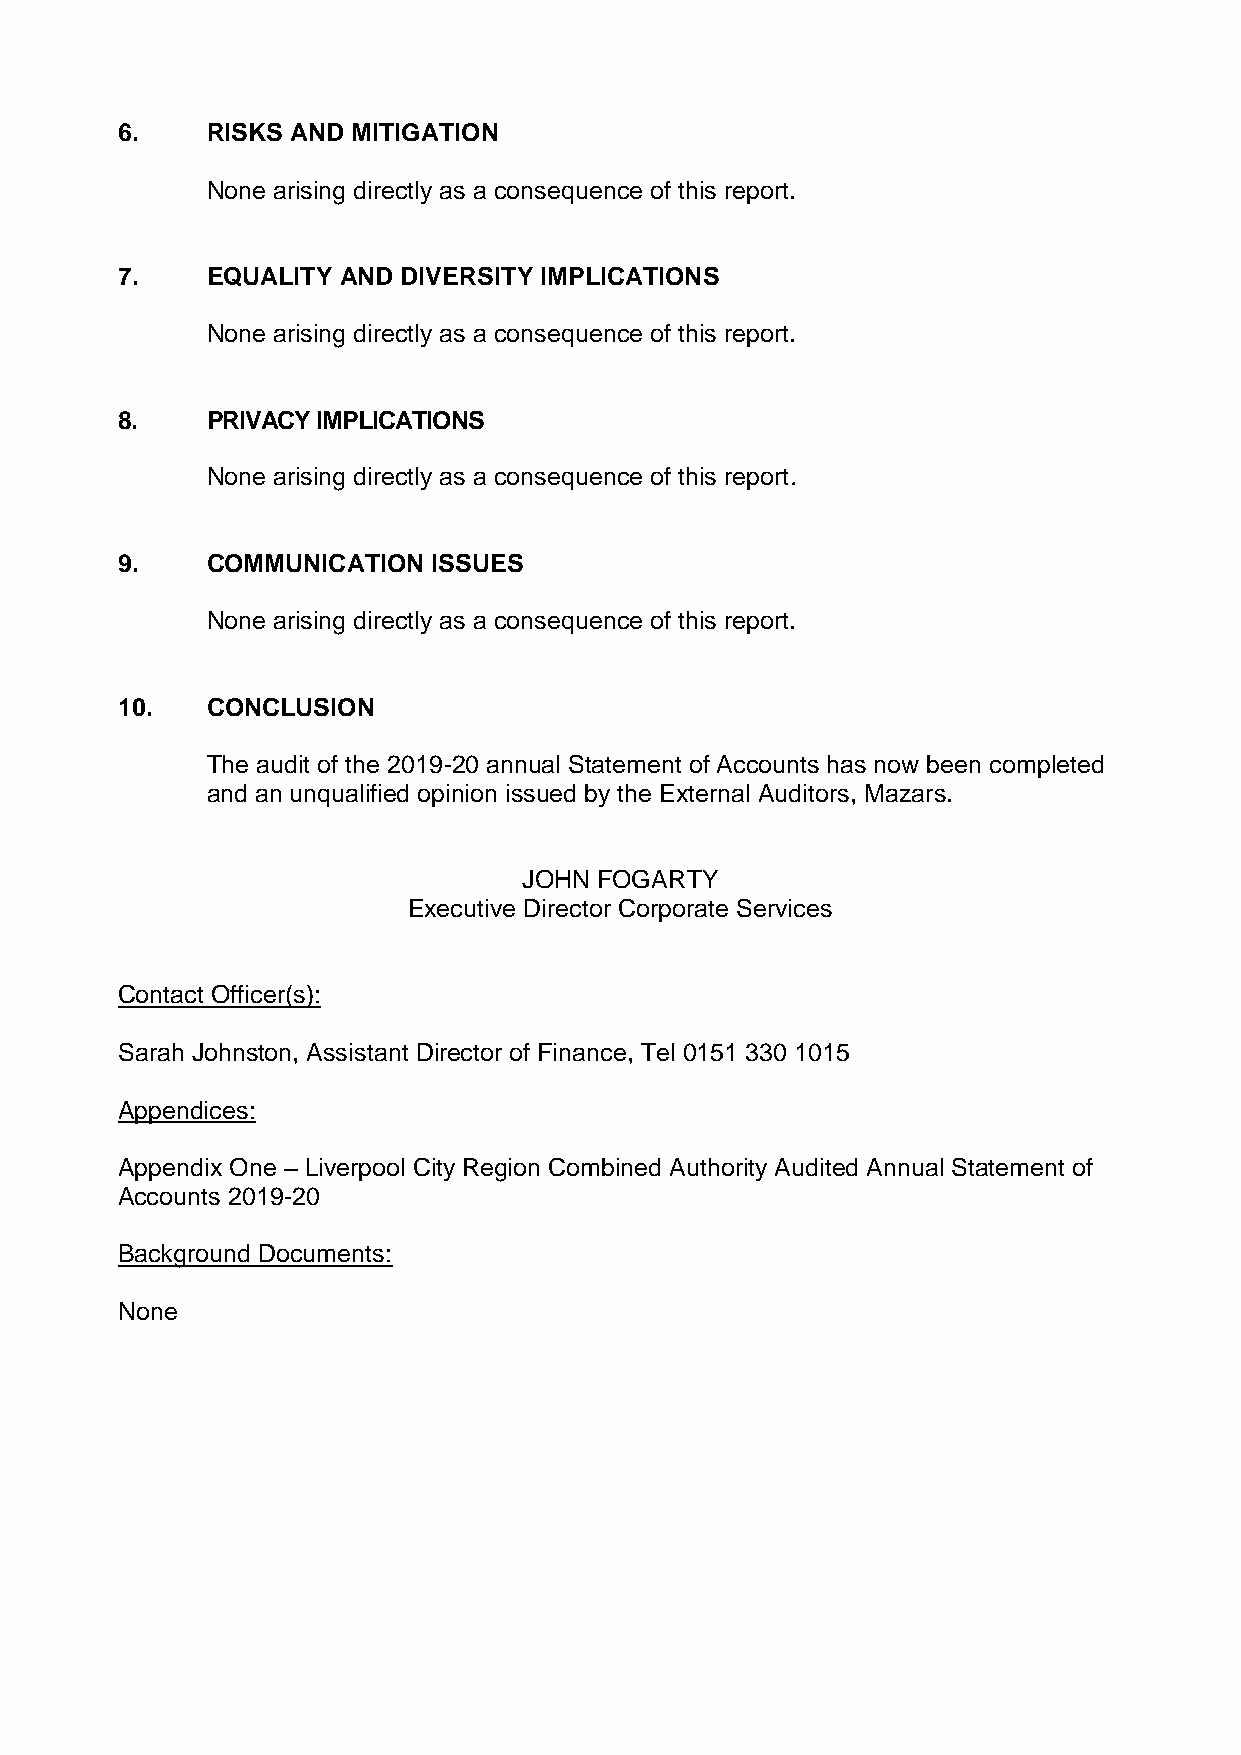
6.    RISKS AND MITIGATION
 None arising directly as a consequence of this report.
 7.    EQUALITY AND DIVERSITY IMPLICATIONS
 None arising directly as a consequence of this report.
 8.    PRIVACY IMPLICATIONS
 None arising directly as a consequence of this report.
 9.    COMMUNICATION  ISSUES
 None arising directly as a consequence of this report.
 10.   CONCLUSION
 The audit of the 2019-20 annual Statement of Accounts has now been completed
 and an unqualified opinion issued by the External Auditors, Mazars.
 JOHN FOGARTY
 Executive Director Corporate Services
 Contact Officer(s):
 Sarah Johnston, Assistant Director of Finance, Tel 0151 330 1015
 Appendices:
 Appendix One – Liverpool City Region Combined Authority Audited Annual Statement of
 Accounts 2019-20
 Background Documents:
 None